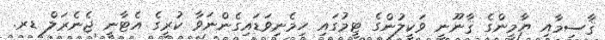
ޤާސިމާއި ޔާމީންގެ ޤާނޫނީ ވަކީލުންގެ ޓީމުގައި ހިމެނިވަޑައިގެންނަވާ ކުރީގެ އެޓާނީ ޖެނެރަލް ޑރ.